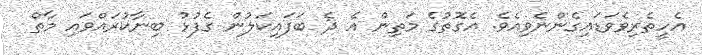
އެހީތެރިވެވަޑައިގެންނެވިއެވެ. އެގޮތުގެ މަތިން އެ ދެ ބަފައިކަލުން ގެފުޅު ބިނާކުރައްވައި މާތް